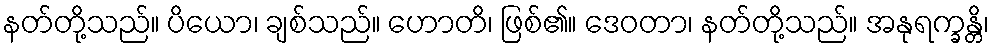
နတ်တို့သည်။ ပိယော၊ ချစ်သည်။ ဟောတိ၊ ဖြစ်၏။ ဒေဝတာ၊ နတ်တို့သည်။ အနုရက္ခန္တိ၊